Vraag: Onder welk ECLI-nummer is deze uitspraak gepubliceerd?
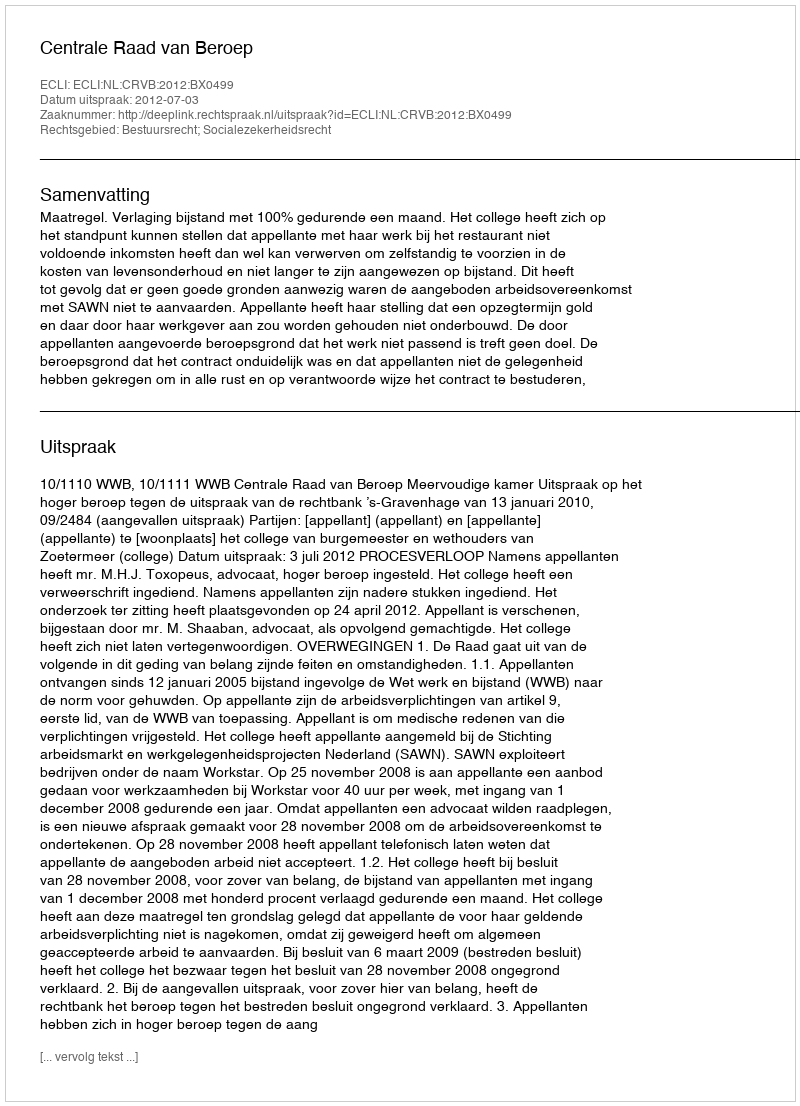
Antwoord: ECLI:NL:CRVB:2012:BX0499